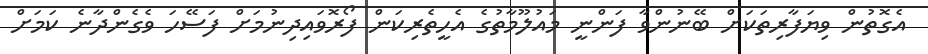
އެގޮތުން ވިޔަފާރިތަަކަށް ބޭނުންވާ ފަންނީ މައުލޫމާތުގެ އެހީތެރިކަން ފޯރޮވައިދިނުމަށް ފަސޭހަ ވެގެންދާނެ ކަމަށް